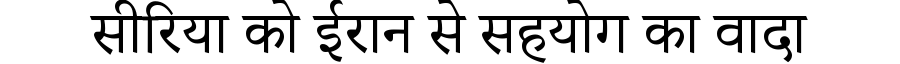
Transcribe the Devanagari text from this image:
सीरिया को ईरान से सहयोग का वादा